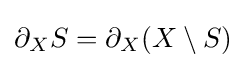
\partial _{X}S=\partial _{X}(X\setminus S)